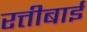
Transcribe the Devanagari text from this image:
रत्तीबाई